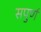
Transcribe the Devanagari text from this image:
सपुर्ण